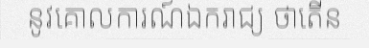
នូវគោលការណ៍ឯករាជ្យ ថាតើន